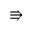
\Rrightarrow